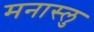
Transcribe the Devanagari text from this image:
मनास्लु